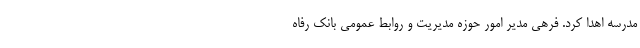
مدرسه اهدا کرد. فرهی مدیر امور حوزه مدیریت و روابط عمومی بانک رفاه